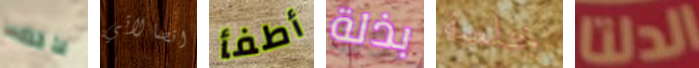
لذلك اتصالاتي أطفأ بذلة خلسة الدلتا